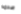
صدمه